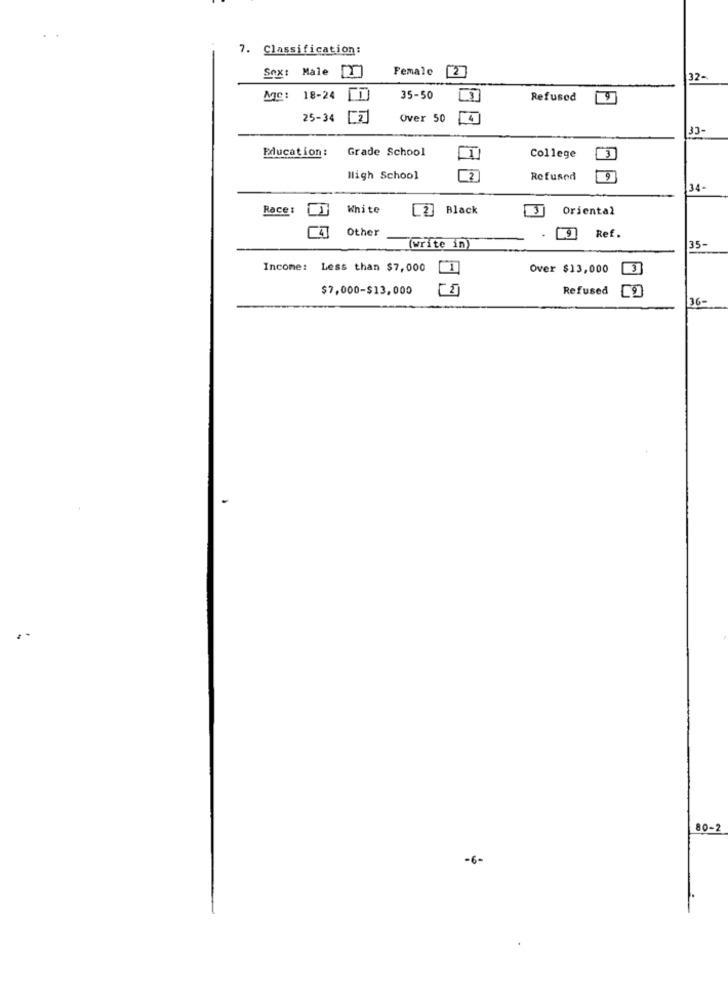
7. Classification:
Sox: Male
Female
2
32-
Mgc:
18-24
35-50
Refused
25-34
Over 50
33-
Grade School
Education:
College
High School
Refused
9
34-
Race :
White
[2] Black
Oriental
4
Other
Ref.
(write in)
35-
Income: Less than $7,000
Over $13,000
$7,000-$13,000
Refused
36-
80-2
-6-